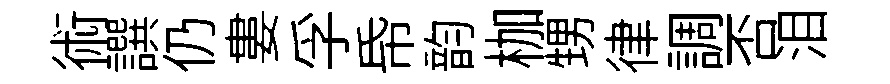
術譔仍婁孚帋韵枷甥律調否泪